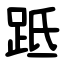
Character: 䟡